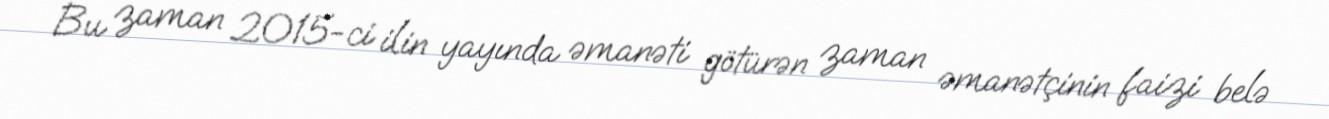
Bu zaman 2015-ci ilin yayında əmanəti götürən zaman əmanətçinin faizi belə